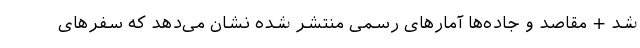
شد + مقاصد و جاده‌ها آمارهای رسمی منتشر شده نشان‌ می‌دهد که سفرهای